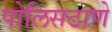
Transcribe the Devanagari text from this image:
पोलिसठाणे